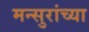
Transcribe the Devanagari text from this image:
मन्सुरांच्या